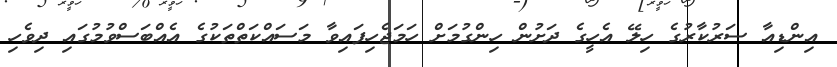
އިންޑިއާ ސަރުކާރުގެ ހިލޭ އެހީގެ ދަށުން ހިންގުމަށް ހަމަޖެހިފައިވާ މަސައްކަތްތަކުގެ އެއްބަސްވުމުގައި ދިވެހި